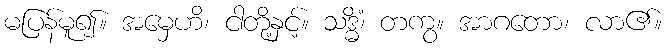
မပြန်မူ၍။ အမှေဟိ၊ ငါတို့နှင့်။ သဒ္ဓိံ၊ တကွ။ အာဂတော၊ လာ၏။